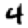
Digit: 4